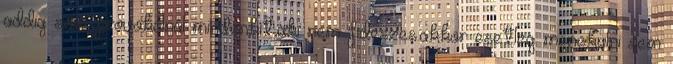
addig sem provokálnál mindenkit,aki nem fideszes.akkor esetleg menekülni sem